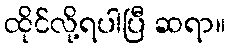
ထိုင်လို့ရပါပြီ ဆရာ။